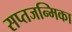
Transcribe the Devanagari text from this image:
सप्तजन्मिका